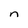
Character: n